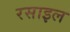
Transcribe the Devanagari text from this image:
रसाइल